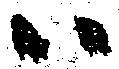
ハ